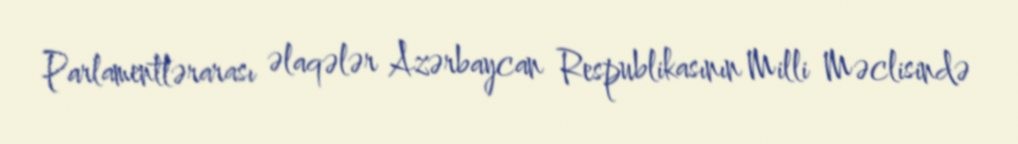
Parlamentlərarası əlaqələr Azərbaycan Respublikasının Milli Məclisində